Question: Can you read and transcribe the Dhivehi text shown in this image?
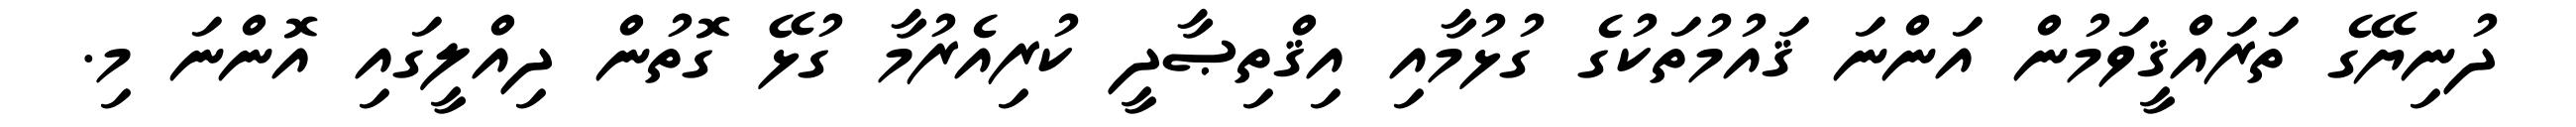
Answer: ދުނިޔޭގެ ތަރައްޤީވަމުން އަންނަ ޤައުމުތަކުގެ ގުޅުމާއި އިޤްތިޞާދީ ކުރިއެރުމާ ގުޅޭ ގޮތުން ދިއްލީގައި އޮންނަ މި.